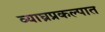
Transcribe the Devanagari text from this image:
व्याघ्रप्रकल्पात